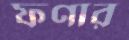
ফণার